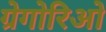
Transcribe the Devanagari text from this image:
ग्रेगोरिओ